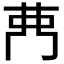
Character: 𮎳